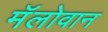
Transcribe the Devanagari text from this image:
मॅलोवान